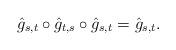
LaTeX: \begin{align*} \hat{g}_{s,t} \circ \hat{g}_{t,s} \circ \hat{g}_{s,t} = \hat{g}_{s,t}. \end{align*}